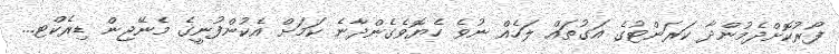
ފޯރުކޮށްދެމުންދާ ކަރަންޓުގެ އަގުތައް ލަހެއް ނުވެ ހެޔޮވެގެންދާނެ ކަމަށް އެކުންފުނީގެ މެނޭޖިން ޑިރެކްޓ...